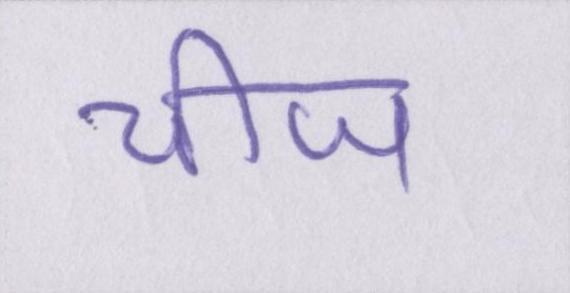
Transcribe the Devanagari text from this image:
चीज